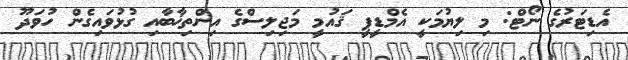
އެޑިޓަރުގެ ނޯޓް: މި ލިޔުމަކީ އެމްޑީޕީ ޤައުމީ މަޖިލިސްގެ އިންތިޚާބާއި ގުޅުވައިގެން ހުވަދޫ